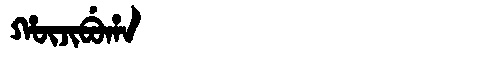
Manchu: ᡥᡡᠵᡳᠪᡠᡥᠠ
Romanization: HŪJIBUHA